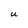
Character: U